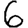
Digit: 6